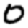
Digit: 0